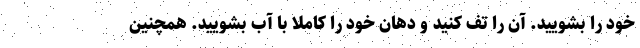
خود را بشویید. آن را تف کنید و دهان خود را کاملاً با آب بشویید. همچنین